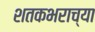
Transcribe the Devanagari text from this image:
शतकभराच्या